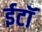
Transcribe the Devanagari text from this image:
ईटॉ